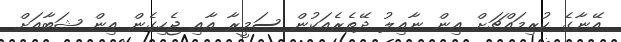
އޭނާގެ ކުރިމައްޗަށް އިން ނާއިލު ދޭތެރެއަކުން ސަމީރާ އާއި ޖެހިގެން އިން ޝަބާއަށް